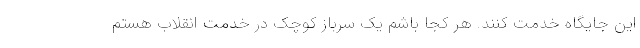
این جایگاه خدمت کنند. هر کجا باشم یک سرباز کوچک در خدمت انقلاب هستم